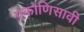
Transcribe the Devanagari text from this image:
एकोणिसावी